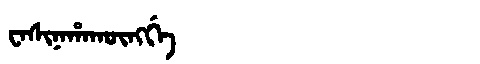
Manchu: ᠸᠠᠰᡳᠨᠠᡥᠠᡴᡡᠩᡤᡝ
Romanization: WASINAHAKŪNGGE